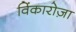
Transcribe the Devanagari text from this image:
विंकारोज़ा